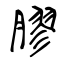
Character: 膠